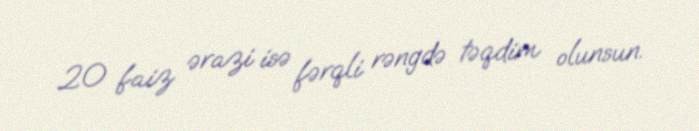
20 faiz ərazi isə fərqli rəngdə təqdim olunsun.